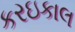
કરઇકાલ